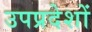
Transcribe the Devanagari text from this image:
उपप्रदेशों